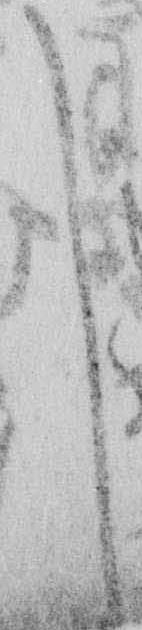
し